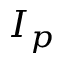
I _ { p }